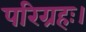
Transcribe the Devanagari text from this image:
परिग्रहः।